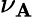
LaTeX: \nu_{\mathbf{A}}